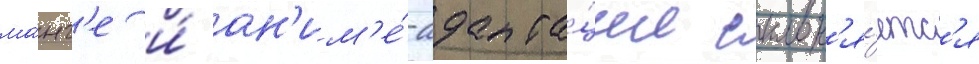
ма́нг'е и́ ан'им'е́-адапта́ции склон'я́етс'я